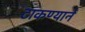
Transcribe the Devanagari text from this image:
टाकण्याने